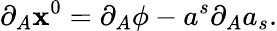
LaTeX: \partial_{A}\mathbf{x}^{0}=\partial_{A}\phi-a^{s}\partial_{A}a_{s}.